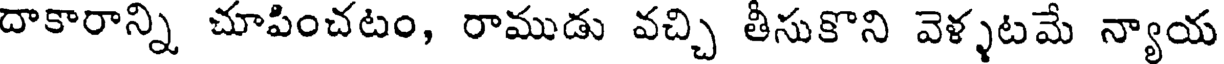
దాకారాన్ని చూపించటం, రాముడు వచ్చి తీసుకొని వెళ్ళటమే న్యాయ